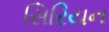
સિરિયન